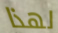
لهذا